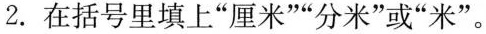
2.在括号里填上”厘米””分米”或”米”。